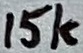
Text: 15k